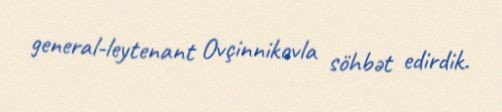
general-leytenant Ovçinnikovla söhbət edirdik.